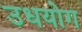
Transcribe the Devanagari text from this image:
उधयोग